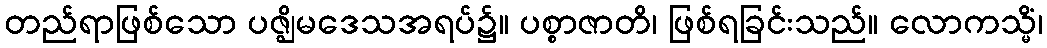
တည်ရာဖြစ်သော ပဇ္ဈိမဒေသအရပ်၌။ ပစ္စာဇာတိ၊ ဖြစ်ရခြင်းသည်။ လောကသ္မိံ၊